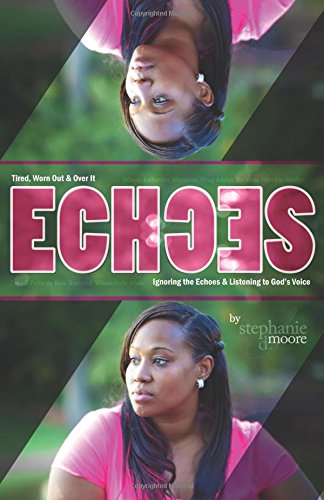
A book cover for Echoes: Tired, Worn Out and Over It. Ignoring the Echoes and Listening to God's Voice.; Stephanie DeLores Moore; Literature & Fiction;